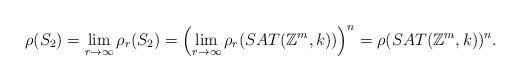
LaTeX: \begin{align*} \rho(S_{2}) = \lim_{r \to \infty}\rho_{r}(S_{2}) = \left( \lim_{r \to \infty}\rho_{r}(SAT(\mathbb{Z}^m, k)) \right)^{n} = \rho(SAT(\mathbb{Z}^m, k))^{n}.\end{align*}